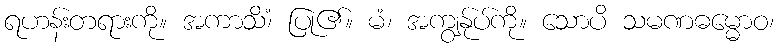
ရဟန်းတရားကို။ အကာသိံ၊ ပြု၏။ မံ၊ အကျွန်ုပ်ကို။ သောပိ သမဏဓမ္မောဝ၊